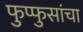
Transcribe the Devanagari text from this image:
फुप्फुसांचा